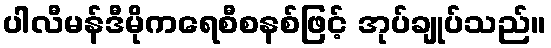
ပါလီမန်ဒီမိုကရေစီစနစ်ဖြင့် အုပ်ချုပ်သည်။